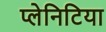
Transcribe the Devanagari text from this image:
प्लेनिटिया